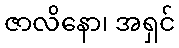
ဇာလိနော၊ အရှင်